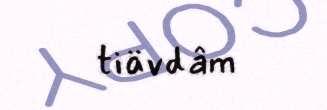
tiävdâm